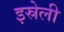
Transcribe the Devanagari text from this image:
इस्रेली